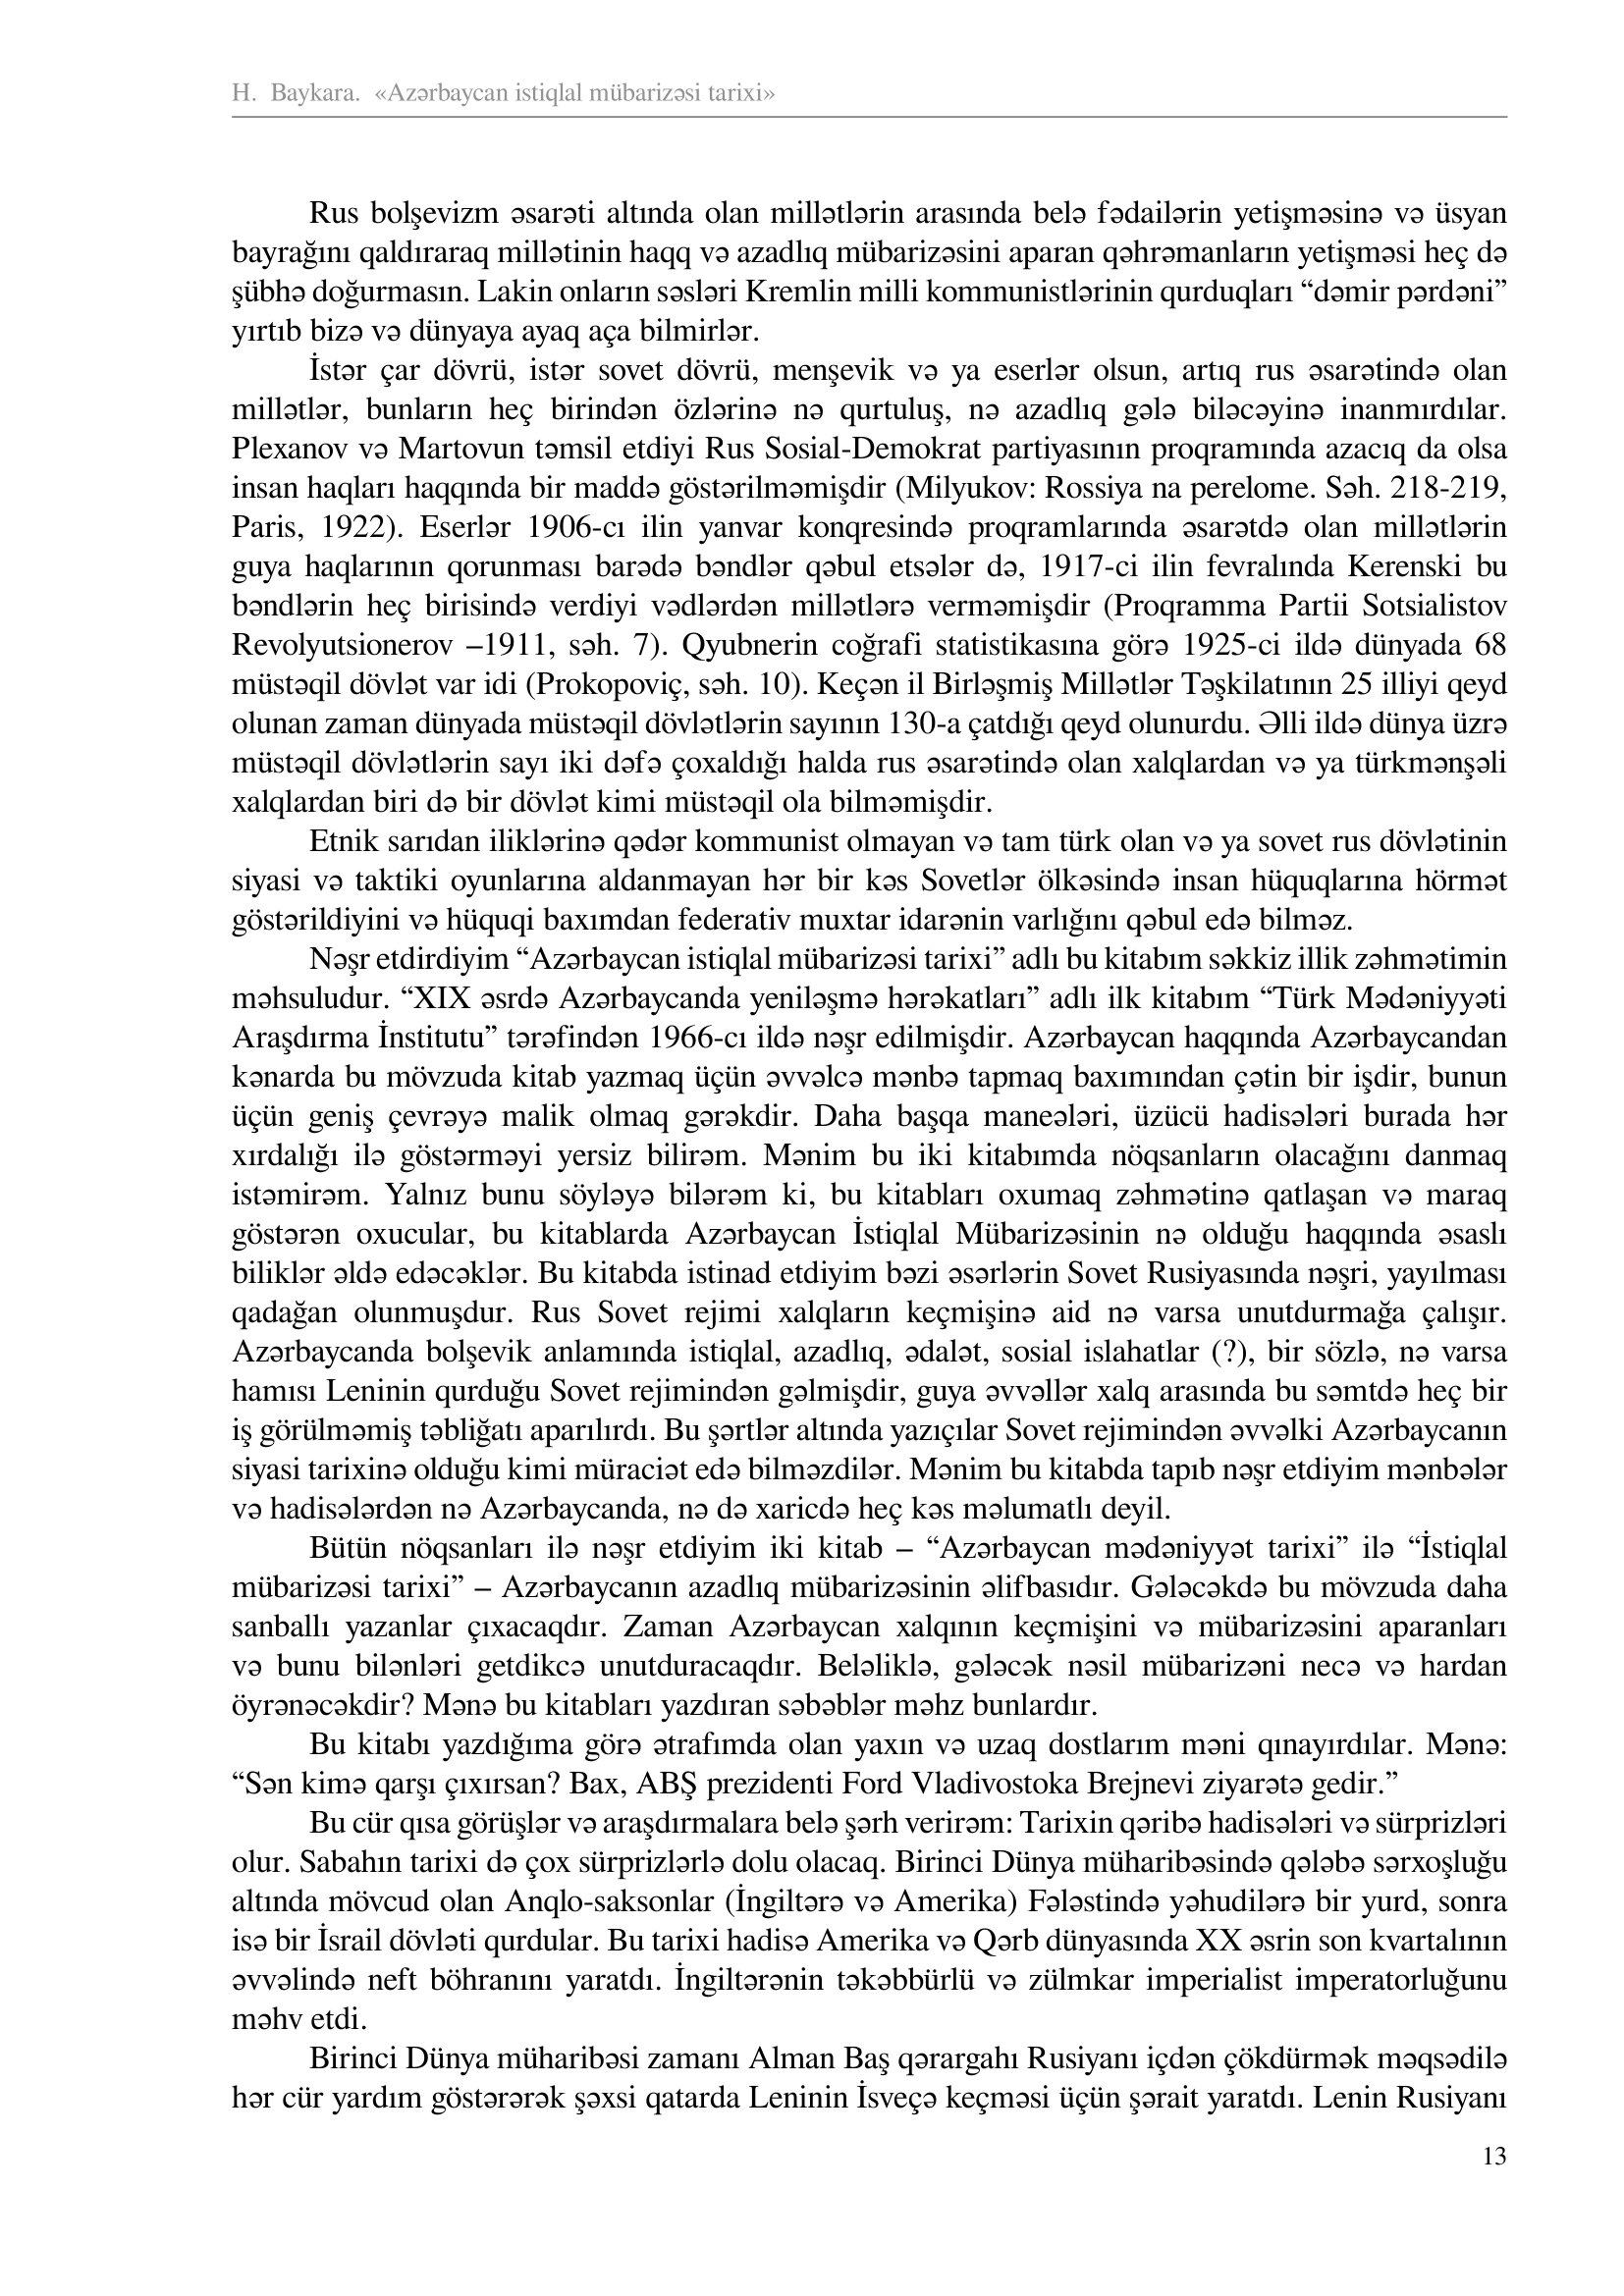
Language: az